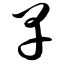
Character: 早